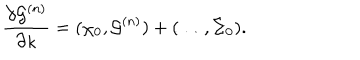
LaTeX: { \frac { \partial { \cal G } ^ { ( n ) } } { \partial \kappa } } = ( \chi _ { 0 } , { \cal G } ^ { ( n ) } ) + ( \ldots , \Sigma _ { 0 } ) .